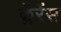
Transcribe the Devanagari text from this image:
क्लॅरेंस